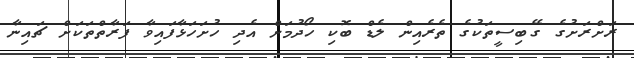
ރަށްރަށުގެ ގޭބިސީތަކުގެ ތެރެއިން ލެޑް ބޮކި ހޯދުމަށް އެދި ހުށަހަޅާފައިވާ ފަރާތްތަކަށް ޗައިނާ